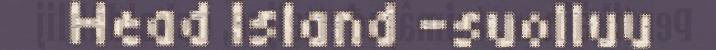
Head Island -suolluu